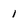
Character: 1